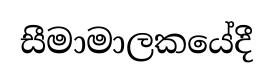
සීමාමාලකයේදී